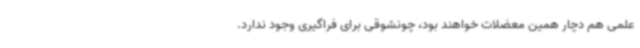
علمی هم دچار همین معضلات خواهند بود، چونشوقی برای فراگیری وجود ندارد.